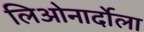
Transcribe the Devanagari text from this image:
लिओनार्दोला